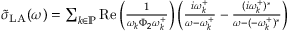
\begin{array} { r } { \tilde { \sigma } _ { \mathrm { L A } } ( \omega ) = \sum _ { k \in \mathbb { P } } \operatorname { R e } \left( \frac { 1 } { \omega _ { k } \Phi _ { 2 } \omega _ { k } ^ { + } } \right) \left( \frac { i \omega _ { k } ^ { + } } { \omega - \omega _ { k } ^ { + } } - \frac { ( i \omega _ { k } ^ { + } ) ^ { * } } { \omega - ( - \omega _ { k } ^ { + } ) ^ { * } } \right) } \end{array}